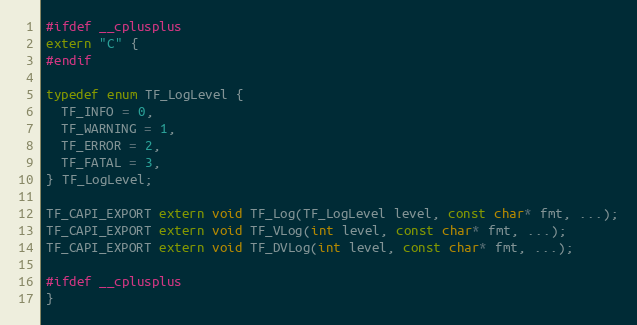
Language: C
#ifdef __cplusplus
extern "C" {
#endif

typedef enum TF_LogLevel {
  TF_INFO = 0,
  TF_WARNING = 1,
  TF_ERROR = 2,
  TF_FATAL = 3,
} TF_LogLevel;

TF_CAPI_EXPORT extern void TF_Log(TF_LogLevel level, const char* fmt, ...);
TF_CAPI_EXPORT extern void TF_VLog(int level, const char* fmt, ...);
TF_CAPI_EXPORT extern void TF_DVLog(int level, const char* fmt, ...);

#ifdef __cplusplus
}